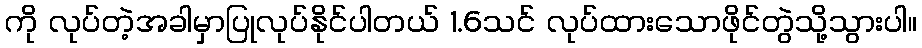
ကို လုပ်တဲ့အခါမှာပြုလုပ်နိုင်ပါတယ် 1.6သင် လုပ်ထားသောဖိုင်တွဲသို့သွားပါ။